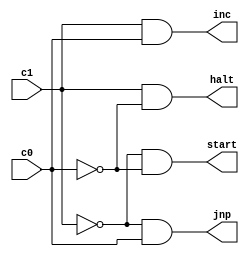
`ifndef demux
`define demux
`define N 4
`define M ('N << 2)


module demux (
	c1, //MSB address of demux 
	c0, //LSB address of demux 
	inc, // (11) state
	jnp, // (01) state
	halt, //(10) state
	start //(00) state
);
	output inc, jnp, halt, start;
	input c1, c0;
	
	wire c1, c0, inc, jnp, halt, start;
	
	assign start = (~c1) & (~c0);
	assign jnp = (~c1) & (c0);
	assign halt = (c1) & (~c0);
	assign inc = (c1) & (c0);
endmodule

`endif